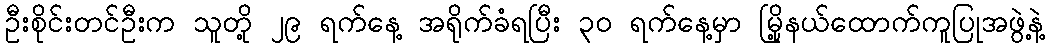
ဦးစိုင်းတင်ဦးက သူတို့ ၂၉ ရက်နေ့ အရိုက်ခံရပြီး ၃၀ ရက်နေ့မှာ မြို့နယ်ထောက်ကူပြုအဖွဲ့နဲ့